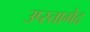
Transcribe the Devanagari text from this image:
उप्स्तागेद